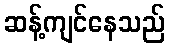
ဆန့်ကျင်နေသည်